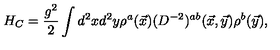
H _ { C } = \frac { g ^ { 2 } } { 2 } \int d ^ { 2 } x d ^ { 2 } y \rho ^ { a } ( \vec { x } ) ( D ^ { - 2 } ) ^ { a b } ( \vec { x } , \vec { y } ) \rho ^ { b } ( \vec { y } ) ,